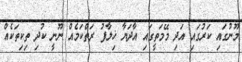
މޫނުގައި ކަރުގައި އަދި މޭމަތީގައި އާދަޔާ ޚިލާފު ރަތްކަމެއް ނޫނީ ކުދި ތިކިތަކެއް